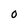
Character: O